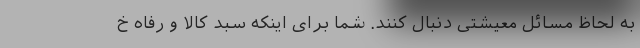
به لحاظ مسائل معیشتی دنبال کنند. شما برای اینکه سبد کالا و رفاه خ